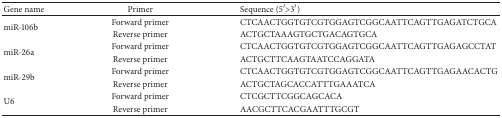
<table><thead><tr><td><b>Gene name</b></td><td><b>Primer</b></td><td><b>Sequence (5′ &gt;3′)</b></td></tr></thead><tbody><tr><td rowspan="2">miR-106b</td><td>Forward primer</td><td> CTCAACTGGTGTCGTGGAGTCGGCAATTCAGTTGAGATCTGCA</td></tr><tr><td>Reverse primer</td><td>ACTGCTAAAGTGCTGACAGTGCA</td></tr><tr><td rowspan="2">miR-26a</td><td>Forward primer</td><td> CTCAACTGGTGTCGTGGAGTCGGCAATTCAGTTGAGAGCCTAT</td></tr><tr><td>Reverse primer</td><td>ACTGCTTCAAGTAATCCAGGATA</td></tr><tr><td rowspan="2">miR-29b</td><td>Forward primer</td><td> CTCAACTGGTGTCGTGGAGTCGGCAATTCAGTTGAGAACACTG</td></tr><tr><td>Reverse primer</td><td>ACTGCTAGCACCATTTGAAATCA</td></tr><tr><td rowspan="2">U6</td><td>Forward primer</td><td>CTCGCTTCGGCAGCACA</td></tr><tr><td>Reverse primer</td><td>AACGCTTCACGAATTTGCGT</td></tr></tbody></table>